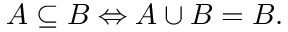
A \subseteq B \Leftrightarrow A \cup B = B .